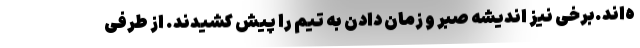
ه‌اند.برخی نیز اندیشه صبر و زمان دادن به تیم را پیش کشیدند. از طرفی